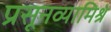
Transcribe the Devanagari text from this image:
प्रसूनव्यामिश्रं